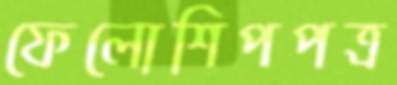
ফেলোশিপপত্র